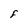
Character: F